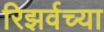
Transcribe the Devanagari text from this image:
रिझर्वच्या